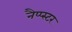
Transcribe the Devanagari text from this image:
नैप्प्स्टर